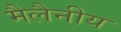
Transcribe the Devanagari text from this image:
मैलैनीय